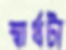
স্বার্থটা